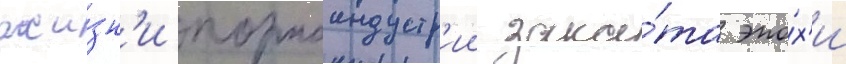
жи́зн'и порноиндустр'ии зака́та эпо́х'и